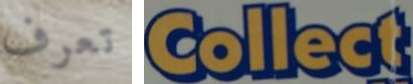
تعرف Collect